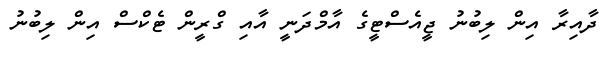
ދާއިރާ އިން ލިބުނު ޖީއެސްޓީގެ އާމްދަނީ އާއި ގްރީން ޓެކްސް އިން ލިބުނު